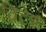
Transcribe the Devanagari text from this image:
ब्रिटेश